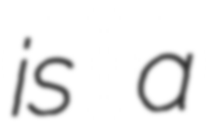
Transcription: is a